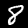
Digit: 8